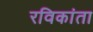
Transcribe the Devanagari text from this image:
रविकांता